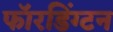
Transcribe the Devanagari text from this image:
फॉरडिंग्टन